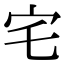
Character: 宅